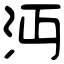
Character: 沔